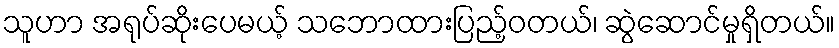
သူဟာ အရုပ်ဆိုးပေမယ့် သဘောထားပြည့်ဝတယ်၊ ဆွဲဆောင်မှုရှိတယ်။